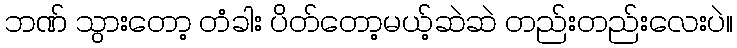
ဘဏ် သွားတော့ တံခါး ပိတ်တော့မယ့်ဆဲဆဲ တည်းတည်းလေးပဲ။